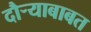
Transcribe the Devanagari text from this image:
दौर्‍याबाबत